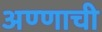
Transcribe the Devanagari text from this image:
अण्णाची